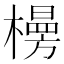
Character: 𪴂